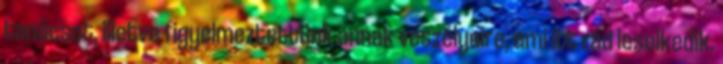
tanácsot, illetve figyelmeztettünk annak veszélyeire, ami itt rád leselkedik.